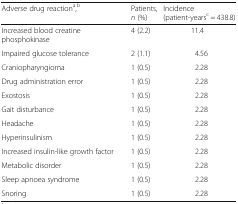
<table><thead><tr><td><b>Adverse drug reaction<sup>a</sup>,<sup>b</sup></b></td><td><b>Patients,<i>n</i> (%)</b></td><td><b>Incidence (patient-years<sup>c</sup> = 438.8)</b></td></tr></thead><tbody><tr><td>Increased blood creatine phosphokinase</td><td>4 (2.2)</td><td>11.4</td></tr><tr><td>Impaired glucose tolerance</td><td>2 (1.1)</td><td>4.56</td></tr><tr><td>Craniopharyngioma</td><td>1 (0.5)</td><td>2.28</td></tr><tr><td>Drug administration error</td><td>1 (0.5)</td><td>2.28</td></tr><tr><td>Exostosis</td><td>1 (0.5)</td><td>2.28</td></tr><tr><td>Gait disturbance</td><td>1 (0.5)</td><td>2.28</td></tr><tr><td>Headache</td><td>1 (0.5)</td><td>2.28</td></tr><tr><td>Hyperinsulinism</td><td>1 (0.5)</td><td>2.28</td></tr><tr><td>Increased insulin-like growth factor</td><td>1 (0.5)</td><td>2.28</td></tr><tr><td>Metabolic disorder</td><td>1 (0.5)</td><td>2.28</td></tr><tr><td>Sleep apnoea syndrome</td><td>1 (0.5)</td><td>2.28</td></tr><tr><td>Snoring</td><td>1 (0.5)</td><td>2.28</td></tr></tbody></table>